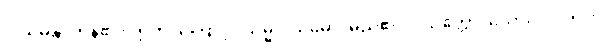
ဝါယမန္တိ၊ ကုန်၏။ ဣတိ၊ ကြောင့်။ သမ္မဝါယမော၊ မည်၏။ ပသတ္တော၊ သော။ ဝါ၊ ကား။